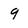
Character: 9